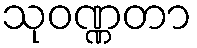
သုဝဏ္ဏတာ